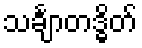
သင်္ချာတဒ္ဓိတ်